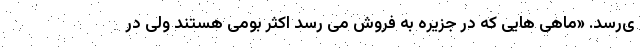
ی‌رسد. «ماهی هایی که در جزیره به فروش می رسد اکثر بومی هستند ولی در